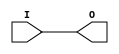
// This program was cloned from: https://github.com/aolofsson/oh
// License: MIT License

module OBUF (/*AUTOARG*/
   // Outputs
   O,
   // Inputs
   I
   );

    parameter CAPACITANCE   = "DONT_CARE";
    parameter integer DRIVE = 12;
    parameter IOSTANDARD    = "DEFAULT";
`ifdef XIL_TIMING
    parameter LOC = " UNPLACED";
`endif
    parameter SLEW = "SLOW";
   
   output 	      O;
   input 	      I;
   
   wire 	      GTS = 1'b0;  //Note, uses globals, ugly! 

   bufif0 B1 (O, I, GTS);
    
endmodule